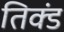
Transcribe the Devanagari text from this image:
तिक्डं